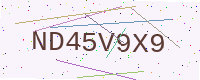
Text: ND45V9X9